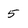
Character: 5